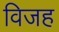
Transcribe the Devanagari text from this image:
विजह